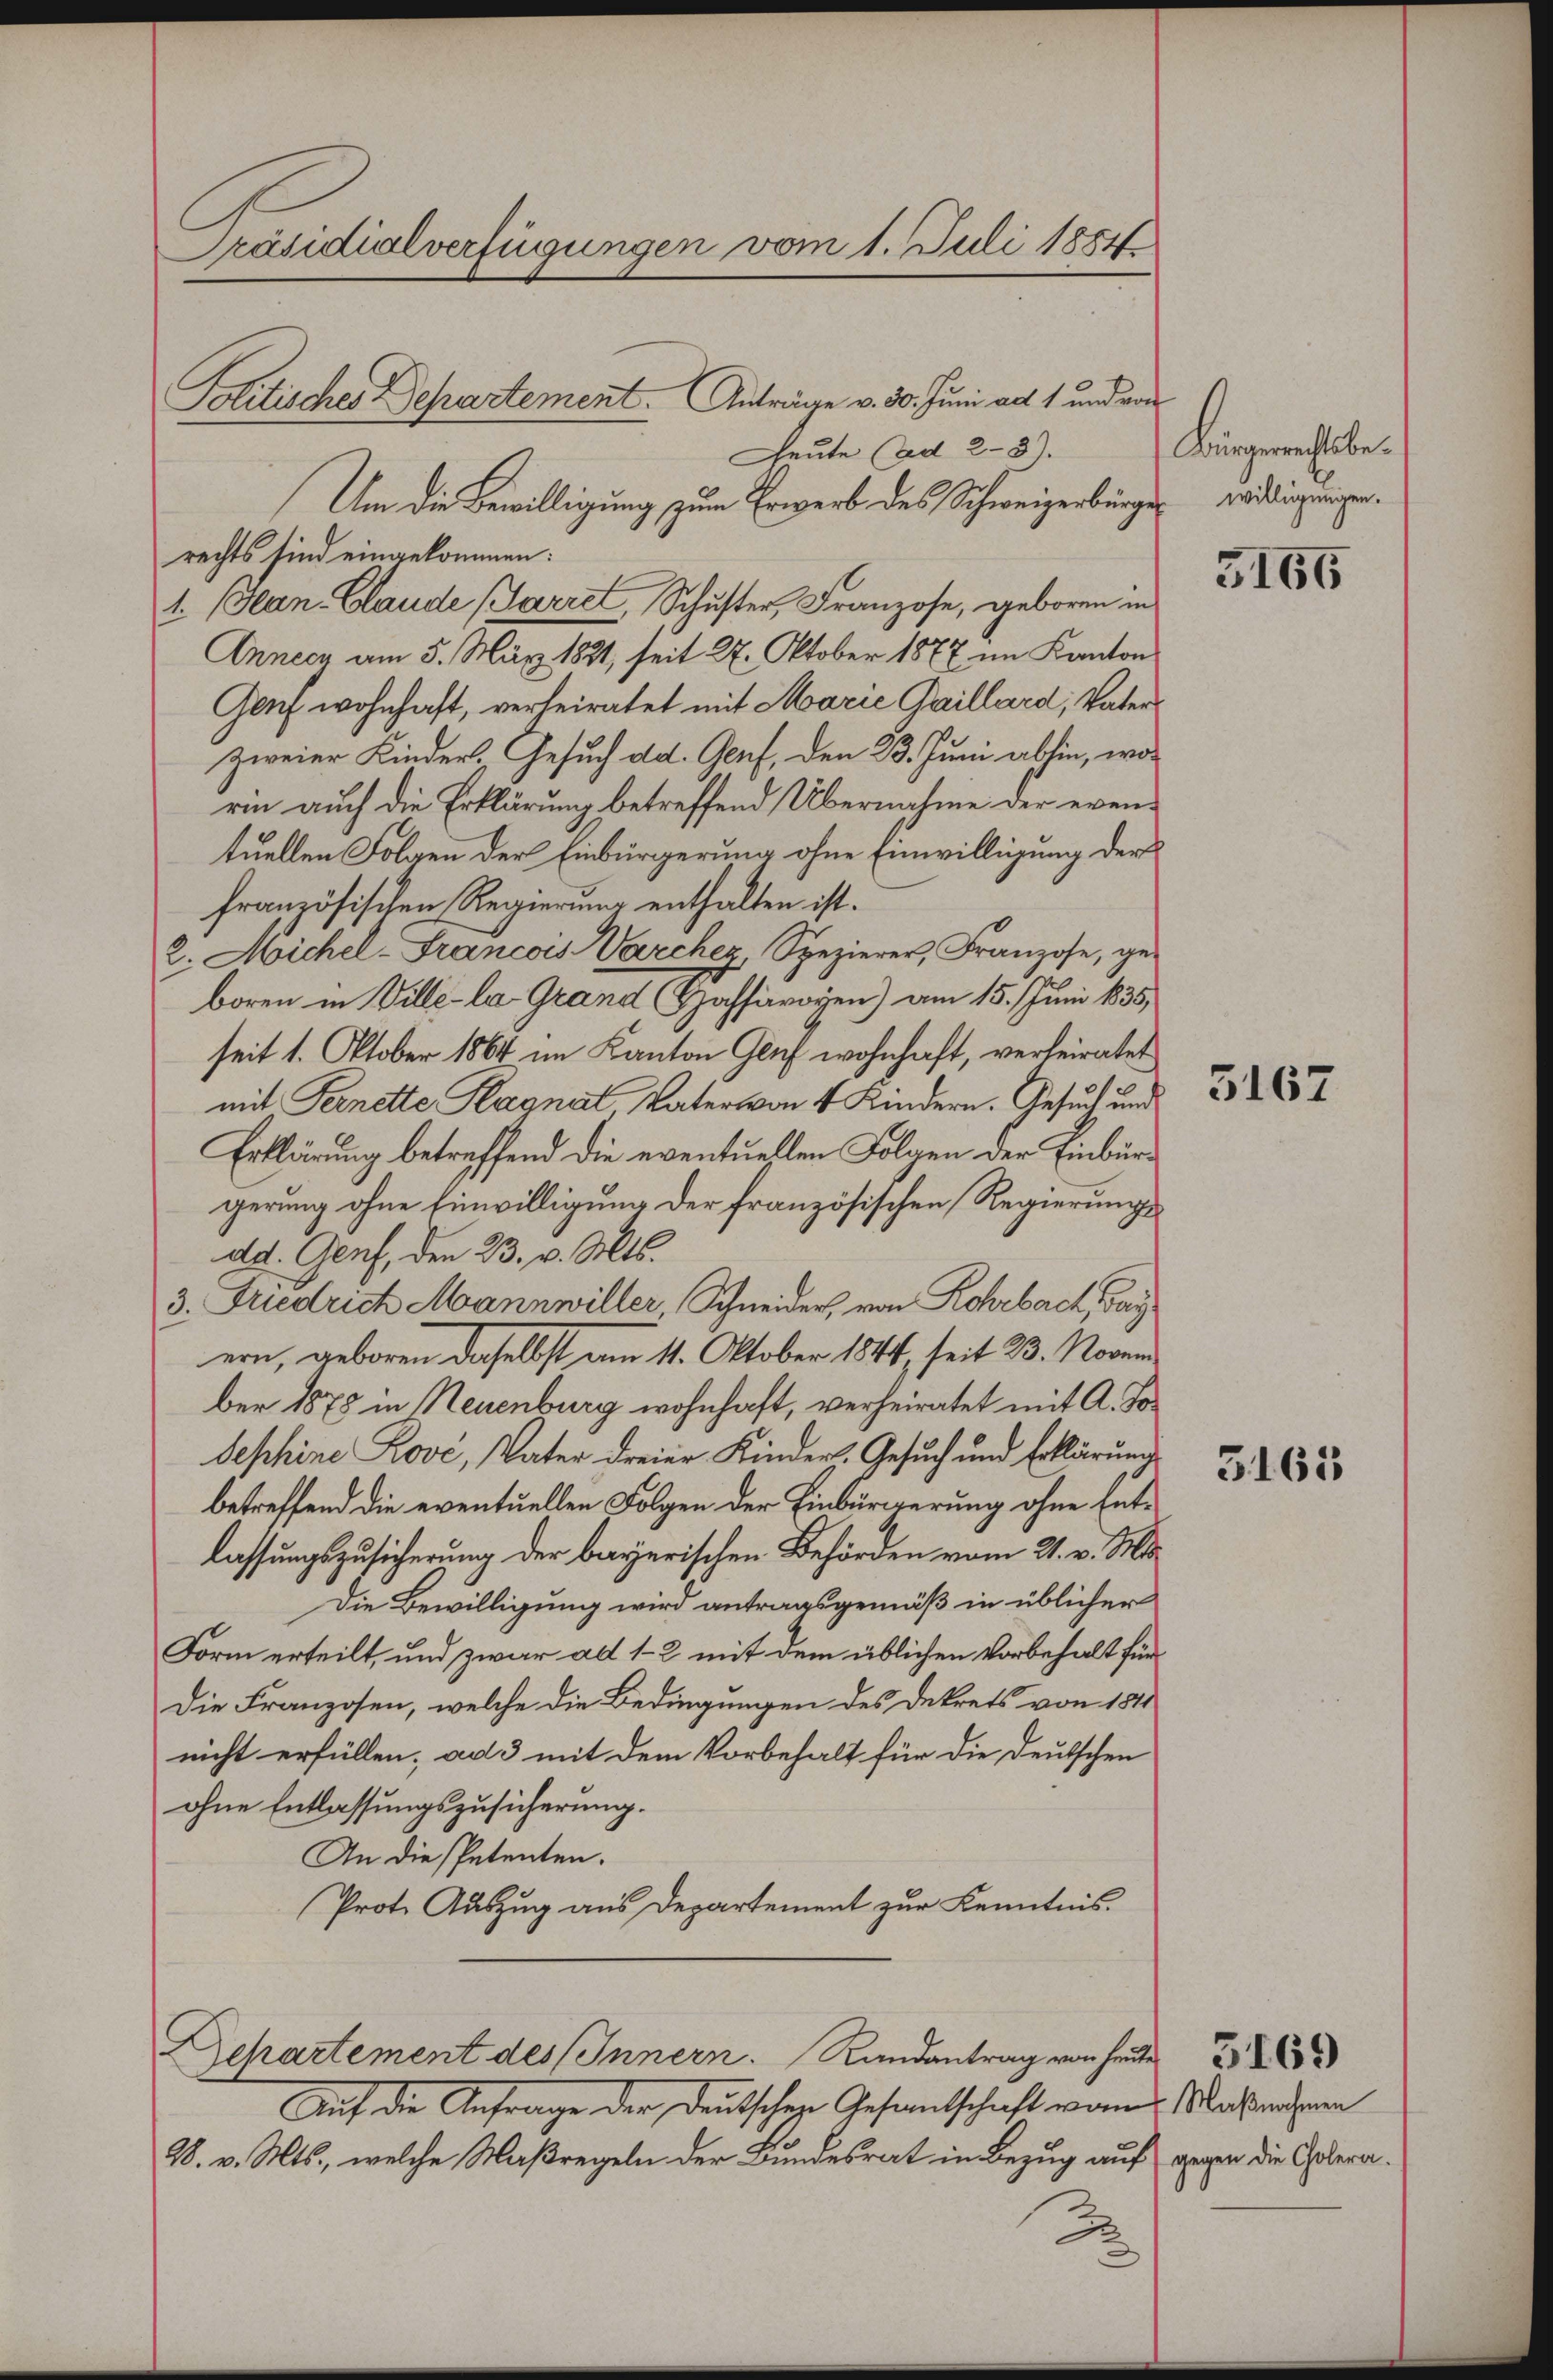
Präsidialverfügungen vom 1. Juli 1884

Politisches Departement. Anträge v. 30. Juni ad 1 und von

Heute (ad 28).
Um die Bewilligung zum Erwerb des Schweizerbürger wirdigungen.
rechts sind eingekommen:
1. Jean Claude (Sarzel, Schuster, Franzose, geboren in
Anneck am 5. März 1881, seit 27. Oktober 1877 im Kanton
Gaf wohnhaft, verheiratet mit Marie Gaillard, Vater
zweier Kinder. Gesuch dd. Genf, den 23. Juni abhin, worin auch die Erklärung betreffend Übernahme der eventuellen Folgen der Einbürgerung ohne Einwilligung der
französischen Regierung enthalten ist.
2. Michel-Francois Darcher Spezierer, Franzose, ge-
boren in Ville-la-Grand Hassavoyen) am 15. Juni 1835
seit 1. Oktober 1864 im Kanton Glich wohnhaft, verheiratet
mit Fernette Klagnal Vater von 4 Kindern. Gesuch und
Erklärung betreffend die eventuellen Folgen der Einburgerung ohne Einwilligung der französischen Regierungsdd. Genf, den 23. v. Mts.
3. Friedrich Mannwiller, Schneider, von Rohrbach, Bay
ern, geboren daselbst am 11. Oktober 1844, seit 23. Novem
ber 1878 in Neuenburg wohnhaft, verheiratet mit A. Jo¬
Sephine Rove, Vater dreier Kinder-Gesuch und Erklärung
betreffend die eventuellen Folgen der Einbürgerung ohne Entlassungszusicherung der bayerischen Behörden vom 21. v. Mts.
Die Bewilligung wird antragsgemäß in üblicher
Form erteilt, und zwar ad 1-2 mit dem üblichen Vorbehalt für
Die Franzosen, welche die Bedingungen des Dekrets von 1811
nicht erfüllen; ad 3 mit dem Vorbehalt für die Deutschen
ohne Entlassungszusicherung.
An die Petenten.
Prote Auszug aus Departement zur Kenntnis.

Departement des Innern. Randantrag von heute

Auf die Anfrage der Deutscher Gesandtschaft von Nachnahmen
28. v. Mts., welche Maßregeln der Bundesrat in Bezug auf

Bürgerrechtsbe¬

3166

3167

3165

gegen die Cholera.

3169